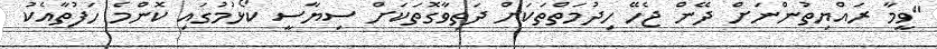
"ވީމާ ރައްޔިތުންނަށް ދޭން ޖެހޭ ހިދުމަތްތަކަށް ދަތިވާގޮތަކަށް ސިޔާސީ ކޯޅުމުގައި ކޮންމެ ހަފުތާއެކު